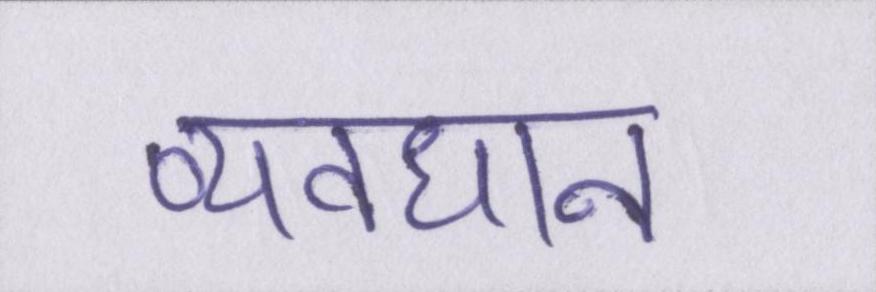
व्यवधान